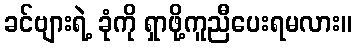
ခင်ဗျားရဲ့ ခုံကို ရှာဖို့ကူညီပေးရမလား။